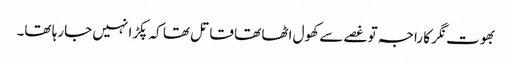
بھوت نگر کا راجہ تو غصے سے کھول اٹھا تھا قاتل تھا کہ پکڑا نہیں جارہا تھا۔